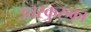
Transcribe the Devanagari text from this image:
उत्तरकुरुका